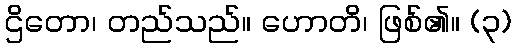
ဌိတော၊ တည်သည်။ ဟောတိ၊ ဖြစ်၏။ (၃)